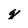
Character: g